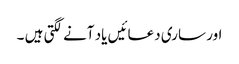
اور ساری دعائیں یاد آنے لگتی ہیں ۔